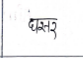
मजकूर: घसर